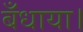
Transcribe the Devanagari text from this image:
बँधाया।